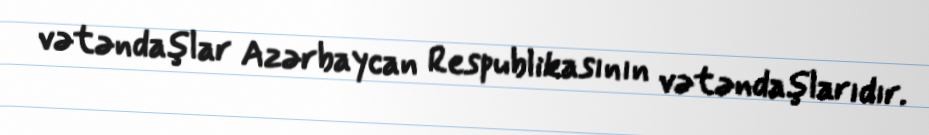
vətəndaşlar Azərbaycan Respublikasının vətəndaşlarıdır.